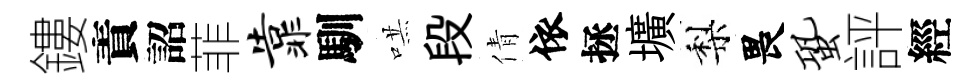
鏤責詔菲靠馴哄段倩依拯壙梨畏蛩評經